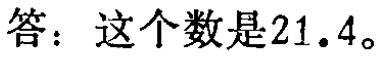
答：这个数是\(21.4\)。